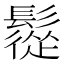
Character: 䰌